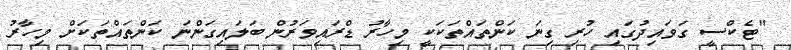
"ޓެކްސީ ގަވައިދުގައި ހުރި ގިނަ ކަންތައްތަކަކީ މިހާރު ޑްރައިވަރުން ބަލައިގަންނަ ކަންތައްތަކަށް މިހާރު